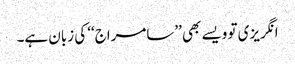
انگریزی تو ویسے بھی ’’سامراج‘‘ کی زبان ہے۔